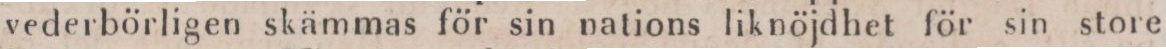
vederbörligen skämmas för sin nations liknöjdhet för sin store